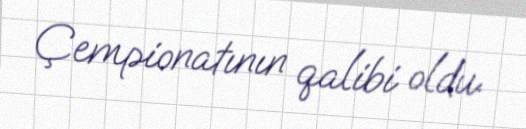
Çempionatının qalibi oldu.